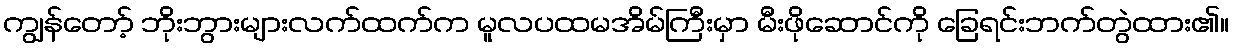
ကျွန်တော့် ဘိုးဘွားများလက်ထက်က မူလပထမအိမ်ကြီးမှာ မီးဖိုဆောင်ကို ခြေရင်းဘက်တွဲထား၏။